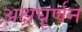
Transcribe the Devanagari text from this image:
अक्षघूर्णन